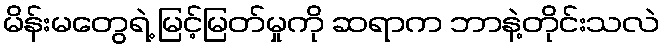
မိန်းမတွေရဲ့ မြင့်မြတ်မှုကို ဆရာက ဘာနဲ့တိုင်းသလဲ